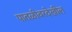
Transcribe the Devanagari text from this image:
पातळीवरदेखील